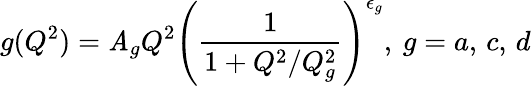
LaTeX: g(Q^{2})=\mathit{A}_{g}Q^{2}\left(\frac{{1}}{{1+Q^{2}/Q_{g}^{2}}}\right)^{\epsilon_{g}},\: g=a,\, c,\, d